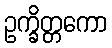
ဥက္ခိတ္တကော